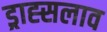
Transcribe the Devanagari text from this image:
ड्राह्सलाव